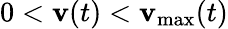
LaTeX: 0<\mathbf{v}(t)<\mathbf{v}_{\operatorname*{max}}(t)